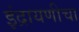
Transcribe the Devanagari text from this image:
इंद्रायणीचा